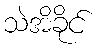
သဲအိခိုင်